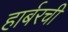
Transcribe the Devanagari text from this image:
हार्बरची